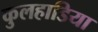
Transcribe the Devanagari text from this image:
कुलहाडिया